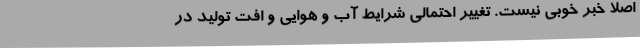
اصلا خبر خوبی نیست. تغییر احتمالی شرایط آب و هوایی و افت تولید در